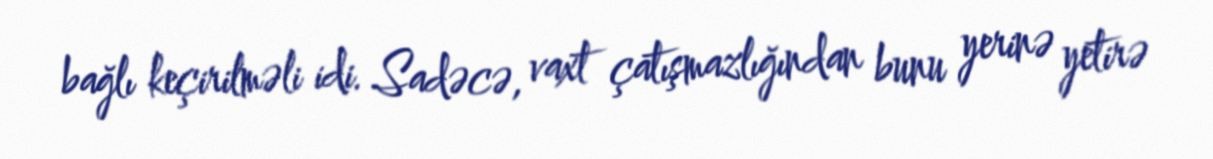
bağlı keçirilməli idi. Sadəcə, vaxt çatışmazlığından bunu yerinə yetirə